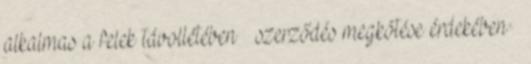
alkalmas a felek távollétében – szerződés megkötése érdekében –